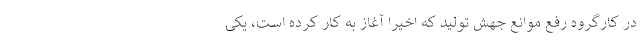
در کارگروه رفع موانع جهش تولید که اخیراً آغاز به کار کرده است، یکی